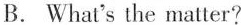
B. What's the matter?